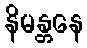
နိမန္တနေ